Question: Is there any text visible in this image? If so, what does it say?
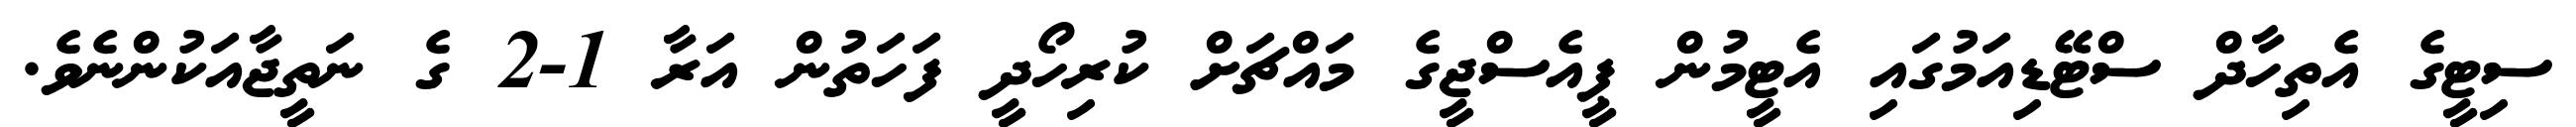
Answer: ސިޓީގެ އެތިހާދް ސްޓޭޑިއަމުގައި އެޓީމުން ޕީއެސްޖީގެ މައްޗަށް ކުރިހޯދީ ފަހަތުން އަރާ 1-2 ގެ ނަތީޖާއަކުންނެވެ.